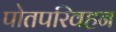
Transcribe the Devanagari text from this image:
पोतपरिवहन